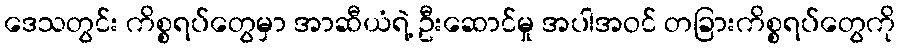
ဒေသတွင်း ကိစ္စရပ်တွေမှာ အာဆီယံရဲ့ ဦးဆောင်မှု အပါအဝင် တခြားကိစ္စရပ်တွေကို